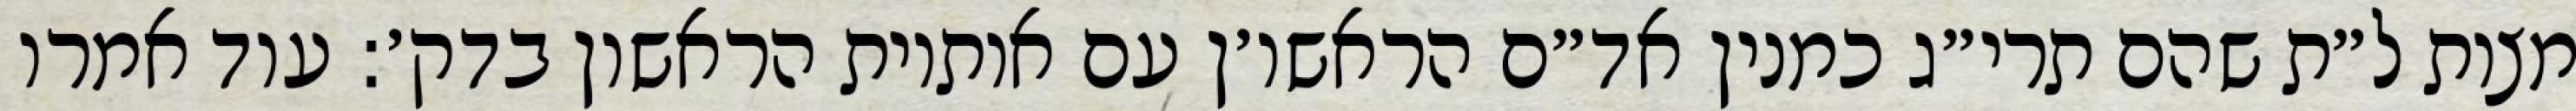
מצות ל״ת שהם תרי״ג כמנין אד״ם הראשו׳ן עם אותיות הראשון בדק׳: עוד אמרו